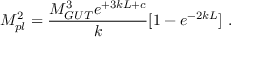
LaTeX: M _ { p l } ^ { 2 } = { \frac { M _ { G U T } ^ { 3 } e ^ { + 3 k L + c } } { \displaystyle k } } [ 1 - e ^ { - 2 k L } ] ~ . ~ \,